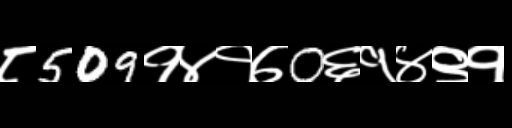
Text: ८509१४१७0६१४९१